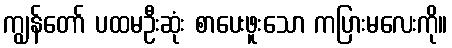
ကျွန်တော် ပထမဦးဆုံး စာပေးဖူးသော ကပြားမလေးကို။